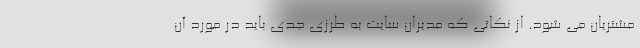
مشتریان می شود. از نکاتی که مدیران سایت به طرزی جدی باید در مورد آن